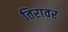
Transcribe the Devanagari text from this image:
तिरावर